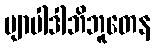
ဗျာပါဒါဘိဘူတေန